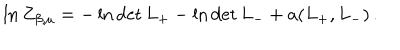
LaTeX: \ln Z _ { \beta , \mu } = - \ln \det L _ { + } - \ln \det L _ { - } + a ( L _ { + } , L _ { - } ) \, .